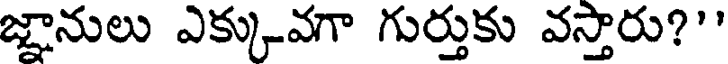
జ్ఞానులు ఎక్కువగా గుర్తుకు వస్తారు?"